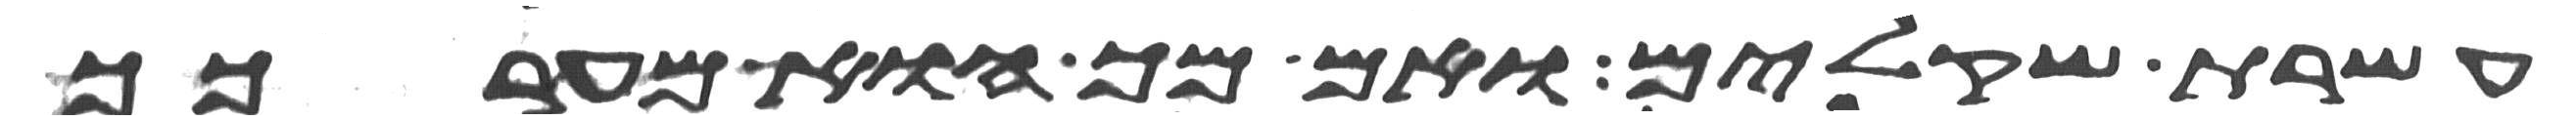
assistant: עשרת שקלים ואם מך הוא מערכך